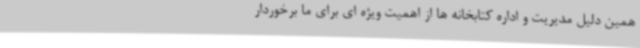
همین دلیل مدیریت و اداره کتابخانه ها از اهمیت ویژه ای برای ما برخوردار